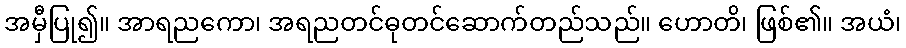
အမှီပြု၍။ အာရညကော၊ အရညတင်ဓုတင်ဆောက်တည်သည်။ ဟောတိ၊ ဖြစ်၏။ အယံ၊